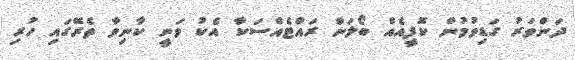
ދަންވަރު ގަޑިވުމުން ކޮފީއެއް ބޯލަން ރައްޓެއްސަކާ އެކު ވަނީ ކާނިވާ ތެރޭގައި ހުރި